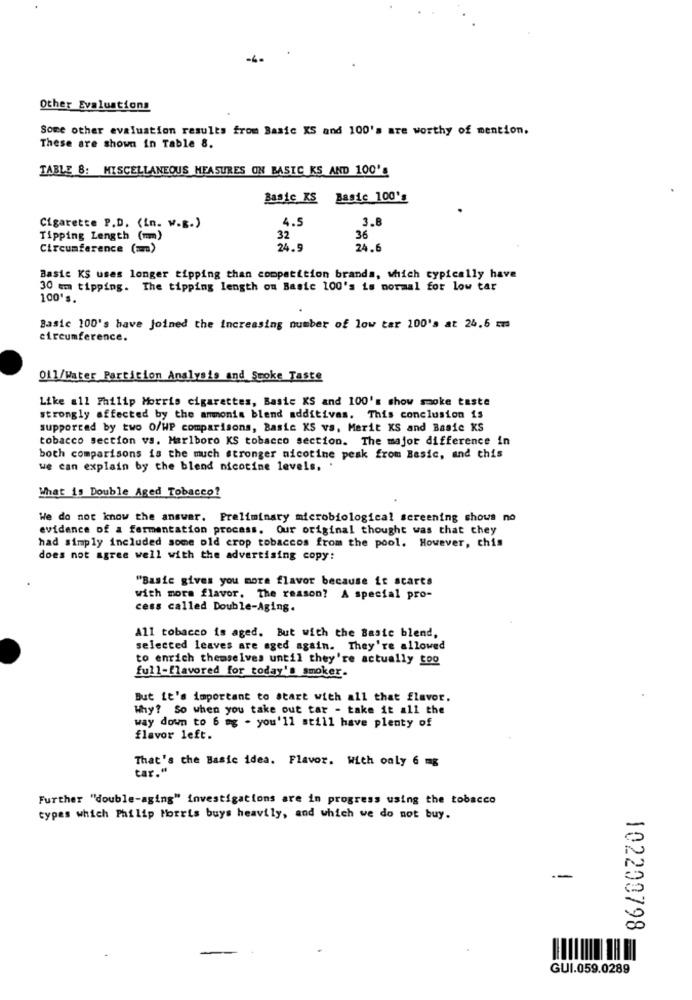
-4
Other Evaluations
Some other evaluation results from Basic XS and 100's are worthy of mention.
These are shown in Table 8.
TABLE 8: MISCELLANEOUS MEASURES ON BASIC KS AND 100's
Basic KS Basic 100'
3.8
Cigarette P.D. (in. W.B.)
4.5
Tipping Length (mm)
32
36
Circumference (=)
24.9
24.6
Basic KS uses longer tipping than competition brands, which typically have
30 mm tipping. The tipping length on Basic 100's is normal for low tar
100's.
Basic 100's have joined the increasing number of low tar 200's at 24.6 ₥
circumference.
O11/Water Particion Analysis and Smoke Taste
Like all Philip Morris cigarettes, Basic KS and 100's show smoke taste
strongly affected by the ammonia blend additives. This conclusion is
supported by two O/WP comparisons, Basic KS vs. Marit KS and Basic KS
tobacco section vs. Marlboro KS tobacco section. The major difference in
both comparisons is the much stronger nicotine peak from Basic, and this
we can explain by the blend nicotine levels,
What is Double Aged Tobacco?
We do not know the answer. Preliminary microbiological screening shows no
evidence of a fermentation process. Our original thought was that chey
had simply included some old crop tobaccos from the pool. However, chis
does not agree well with the advertising copy:
"Basic gives you more flavor because it scarts
with more flavor. The reason? A special pro-
cess called Double-Aging.
All tobacco is aged. But with the Basic blend,
selected leaves are aged again. They're allowed
to enrich themselves until they're actually too
full-flavored for today's smoker.
But it's important to start with all that flavor.
Why? So when you take out tar - take it all the
way down to 6 mg - you'll still have plenty of
flavor left.
That's the Basic idea. Flavor. With only 6 mg
tar."
Further "double-aging" investigations are in progress using the tobacco
types which Philip Morris buys heavily, and which we do not buy.
--
102200798
GUI.059.0289